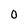
Character: O